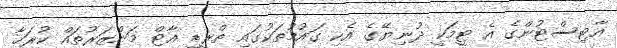
އާޓިސްޓުންގެ އެ ޓީމަކީ ދުނިޔޭގެ އެކި ގައުމުތަކުގައި ތްރީޑީ އާޓް މަންޒަރުތައް ކުރަހާ